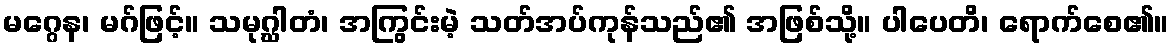
မဂ္ဂေန၊ မဂ်ဖြင့်။ သမုဂ္ဃါတံ၊ အကြွင်းမဲ့ သတ်အပ်ကုန်သည်၏ အဖြစ်သို့။ ပါပေတိ၊ ရောက်စေ၏။